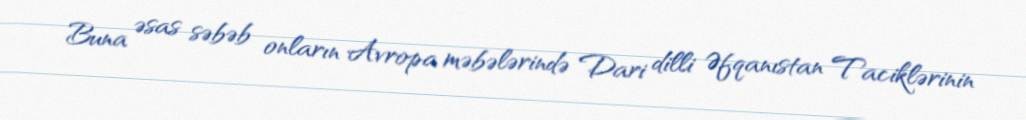
Buna əsas səbəb onların Avropa məbələrində Dari dilli Əfqanıstan Taciklərinin